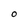
Character: O